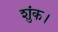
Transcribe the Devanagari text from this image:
शुंक।